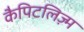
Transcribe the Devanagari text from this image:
कैपिटलिज़्म